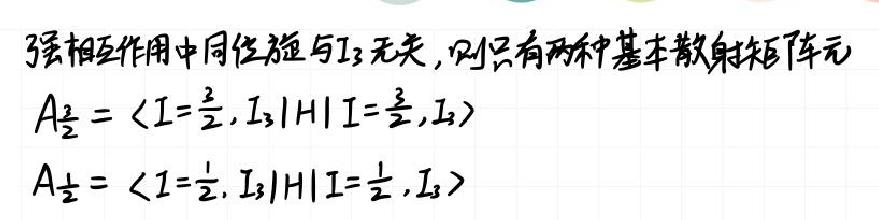
强相互作用中同位旋与$I_3$无关, 则只有两种基本散射矩阵元
$A_{\frac{3}{2}}=\langle I = \frac{3}{2}, I_3|H|I=\frac{3}{2}, I_3\rangle$
$A_{\frac{1}{2}}=\langle I=\frac{1}{2}, I_3|H|I=\frac{1}{2}, I_3\rangle$